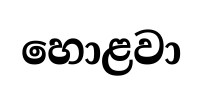
හොළවා